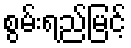
စွမ်းရည်မြင့်